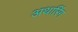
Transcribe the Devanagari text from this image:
अथारिंग